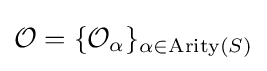
{\mathcal {O}}=\{{\mathcal {O_{\alpha }}}\}_{\alpha \in \mathrm {Arity} (S)}